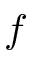
f